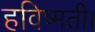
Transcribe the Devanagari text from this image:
हविष्मती।